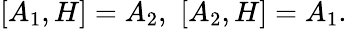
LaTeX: [A_{1},H]=A_{2},\thinspace\thinspace[A_{2},H]=A_{1}.